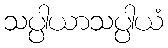
သပ္ပါယာသပ္ပါယံ